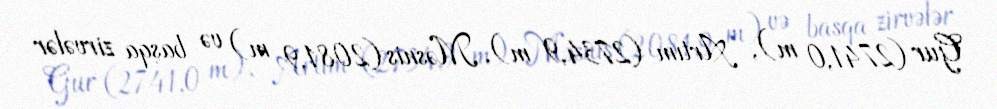
Gur (2741,0 m), Artım (2734,9 m), Məsnis (2081,9 m) və başqa zirvələr